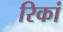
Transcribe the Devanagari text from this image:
रिकां